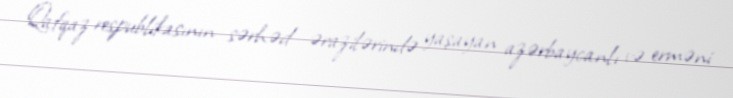
Qafqaz respublikasının sərhəd ərazilərində yaşayan azərbaycanlı və erməni